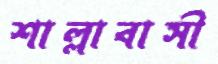
শাল্লাবাসী